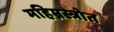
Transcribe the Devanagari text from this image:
महिम्नस्त्रोत